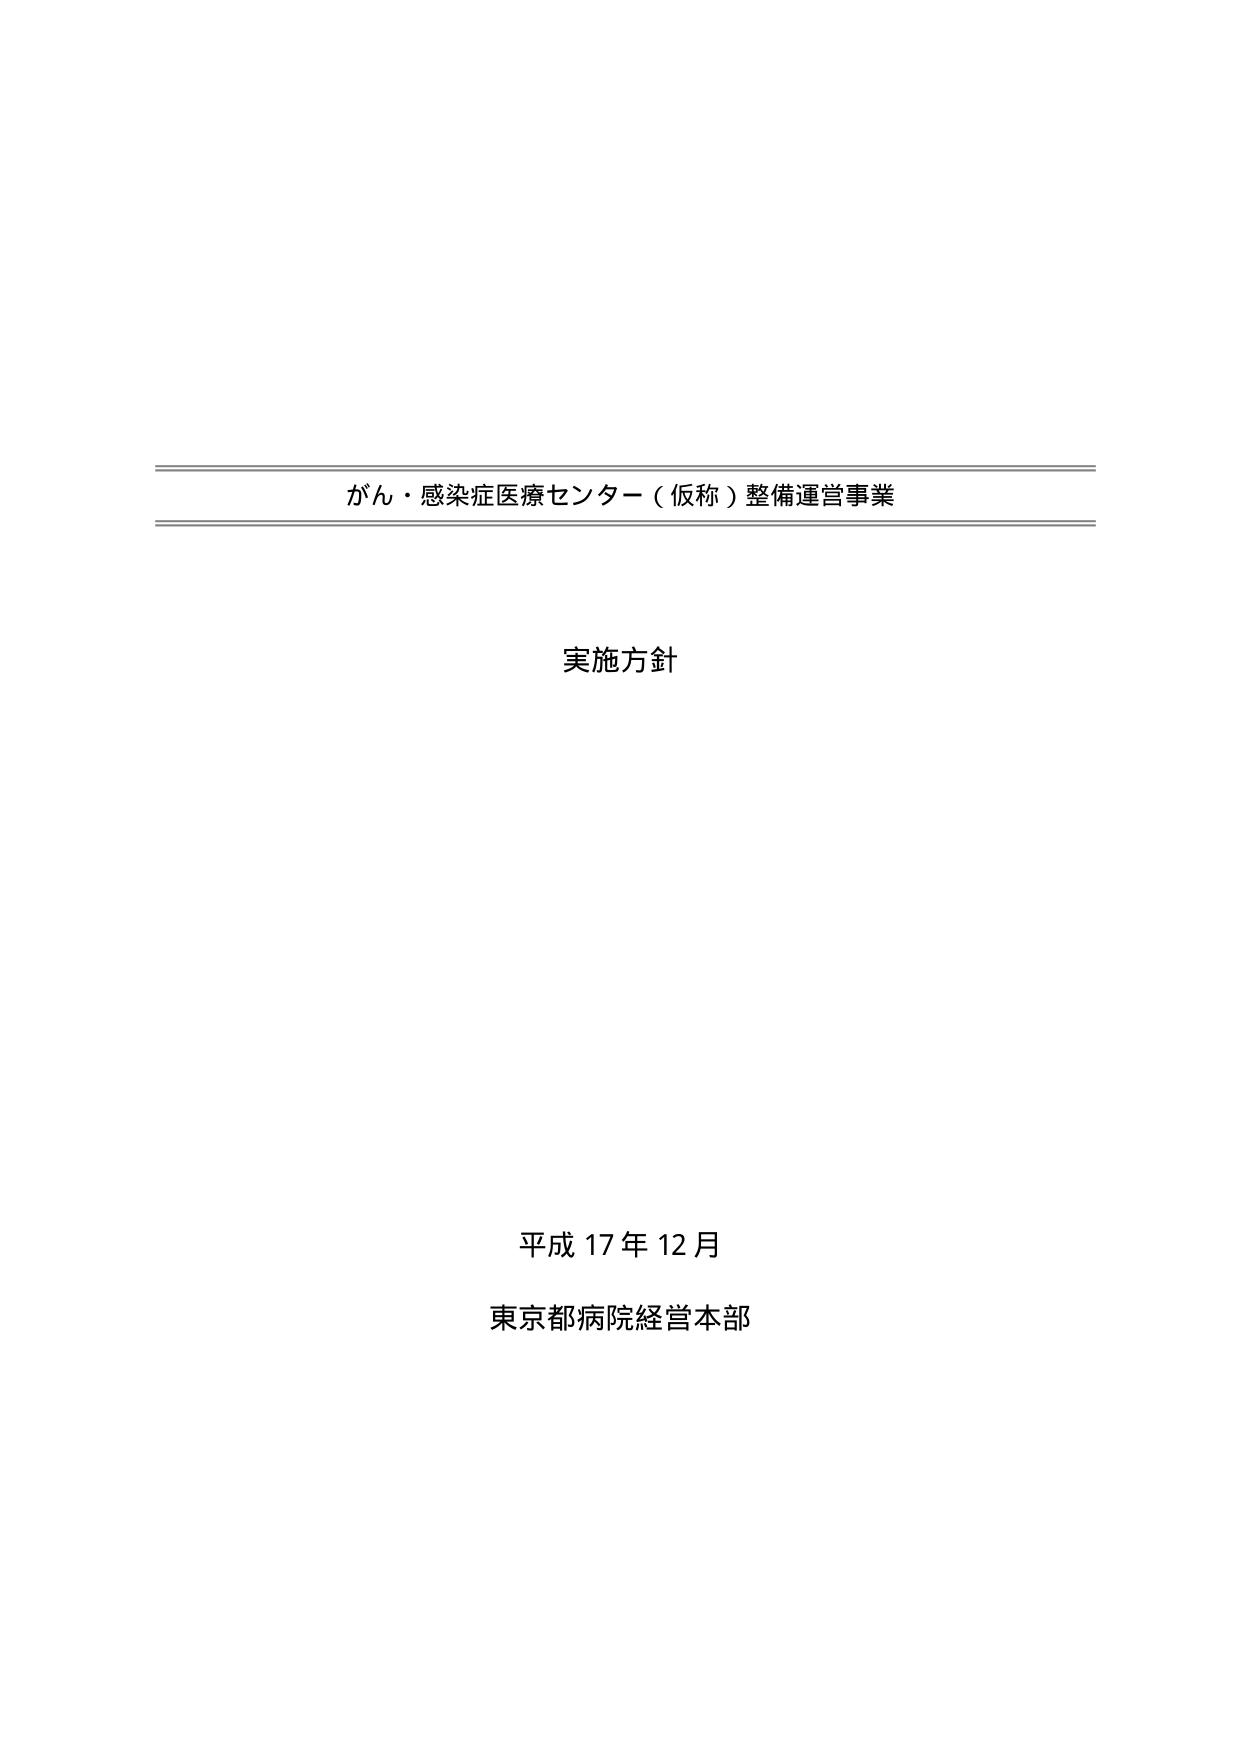
がん・感染症医療センター（仮称）整備運営事業

実施方針

平成17年12月
東京都病院経営本部